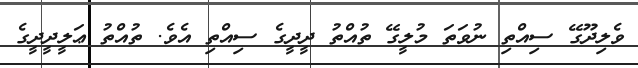
ވެލިދޫގޭ ސިއްތި ނުވަތަ މުލީގޭ ތުއްތު ދީދީގެ ސިއްތި އެވެ. ތުއްތު ޢަލީދީދީގެ